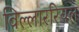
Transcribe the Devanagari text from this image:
विल्लाररियल